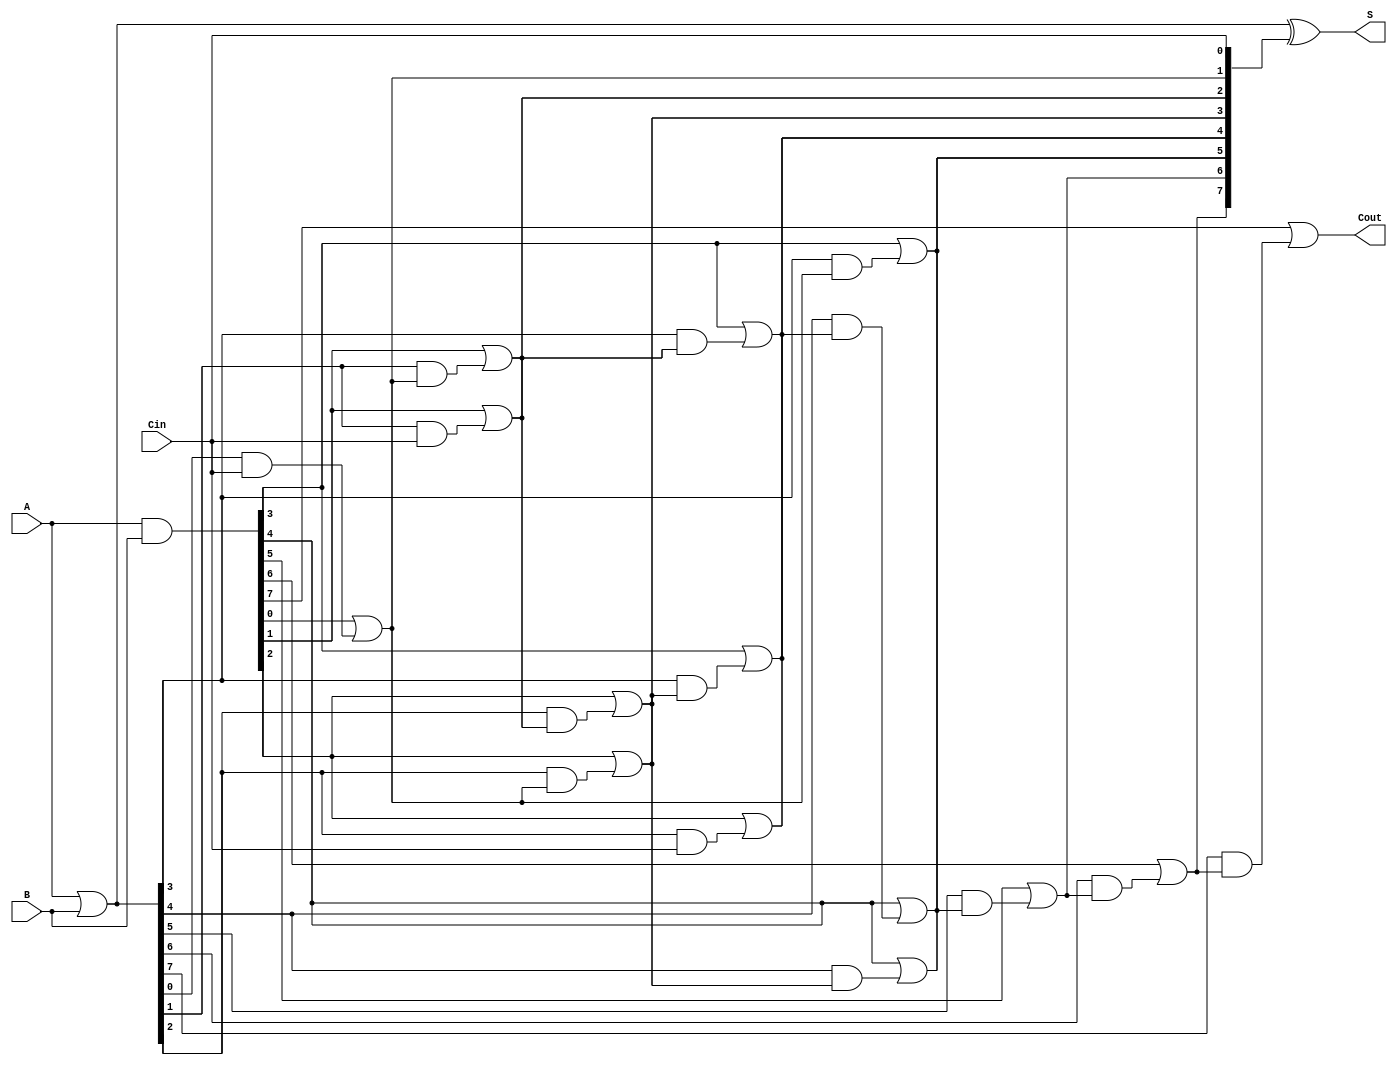
module brent_kung_adder #(parameter n = 8) (
    input  [n-1:0] A,
    input  [n-1:0] B,
    input          Cin,
    output [n-1:0] S,
    output         Cout
);

    // Generate and propagate signals
    wire [n-1:0] G; // Generate
    wire [n-1:0] P; // Propagate
    wire [n:0] C;   // Carry signals

    assign G = A & B; // Generate
    assign P = A | B; // Propagate

    // Initialize carry signals
    assign C[0] = Cin;

    // Carry computation using Brent-Kung structure
    genvar i, j, l;
    generate
        for (l = 0; l < $clog2(n); l = l + 1) begin : level
            for (i = 0; i < n; i = i + 1) begin : carry
                if (l == 0) begin
                    // First level
                    if (i < n) begin
                        assign C[i + 1] = G[i] | (P[i] & C[i]);
                    end
                end else begin
                    // Subsequent levels
                    if (i < (n >> l)) begin
                        assign C[i + (1 << l)] = G[i + (1 << (l - 1))] | (P[i + (1 << (l - 1))] & C[i]);
                    end
                end
            end
        end
    endgenerate

    // Sum calculation
    assign S = P ^ C[n-1:0]; // Sum bits
    assign Cout = C[n];      // Final carry-out

endmodule